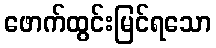
ဖောက်ထွင်းမြင်ရသော